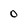
Character: 0